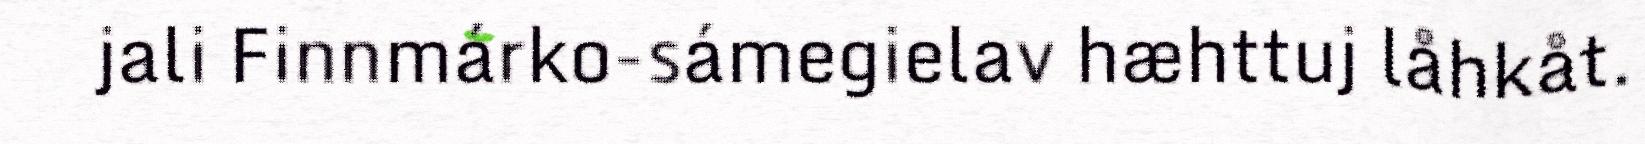
jali Finnmárko-sámegielav hæhttuj låhkåt.